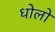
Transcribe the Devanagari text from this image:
धोलो